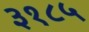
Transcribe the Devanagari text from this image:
३१८५